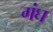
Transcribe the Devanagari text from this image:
गंघ